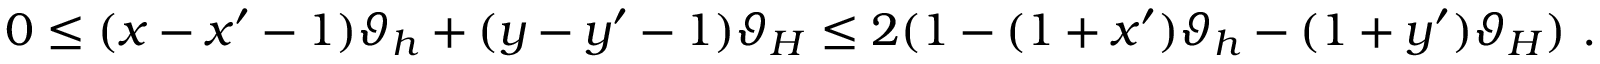
0 \leq ( x - x ^ { \prime } - 1 ) \vartheta _ { h } + ( y - y ^ { \prime } - 1 ) \vartheta _ { H } \leq 2 ( 1 - ( 1 + x ^ { \prime } ) \vartheta _ { h } - ( 1 + y ^ { \prime } ) \vartheta _ { H } ) \, \, . \,